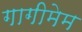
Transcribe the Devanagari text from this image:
गागीमेम